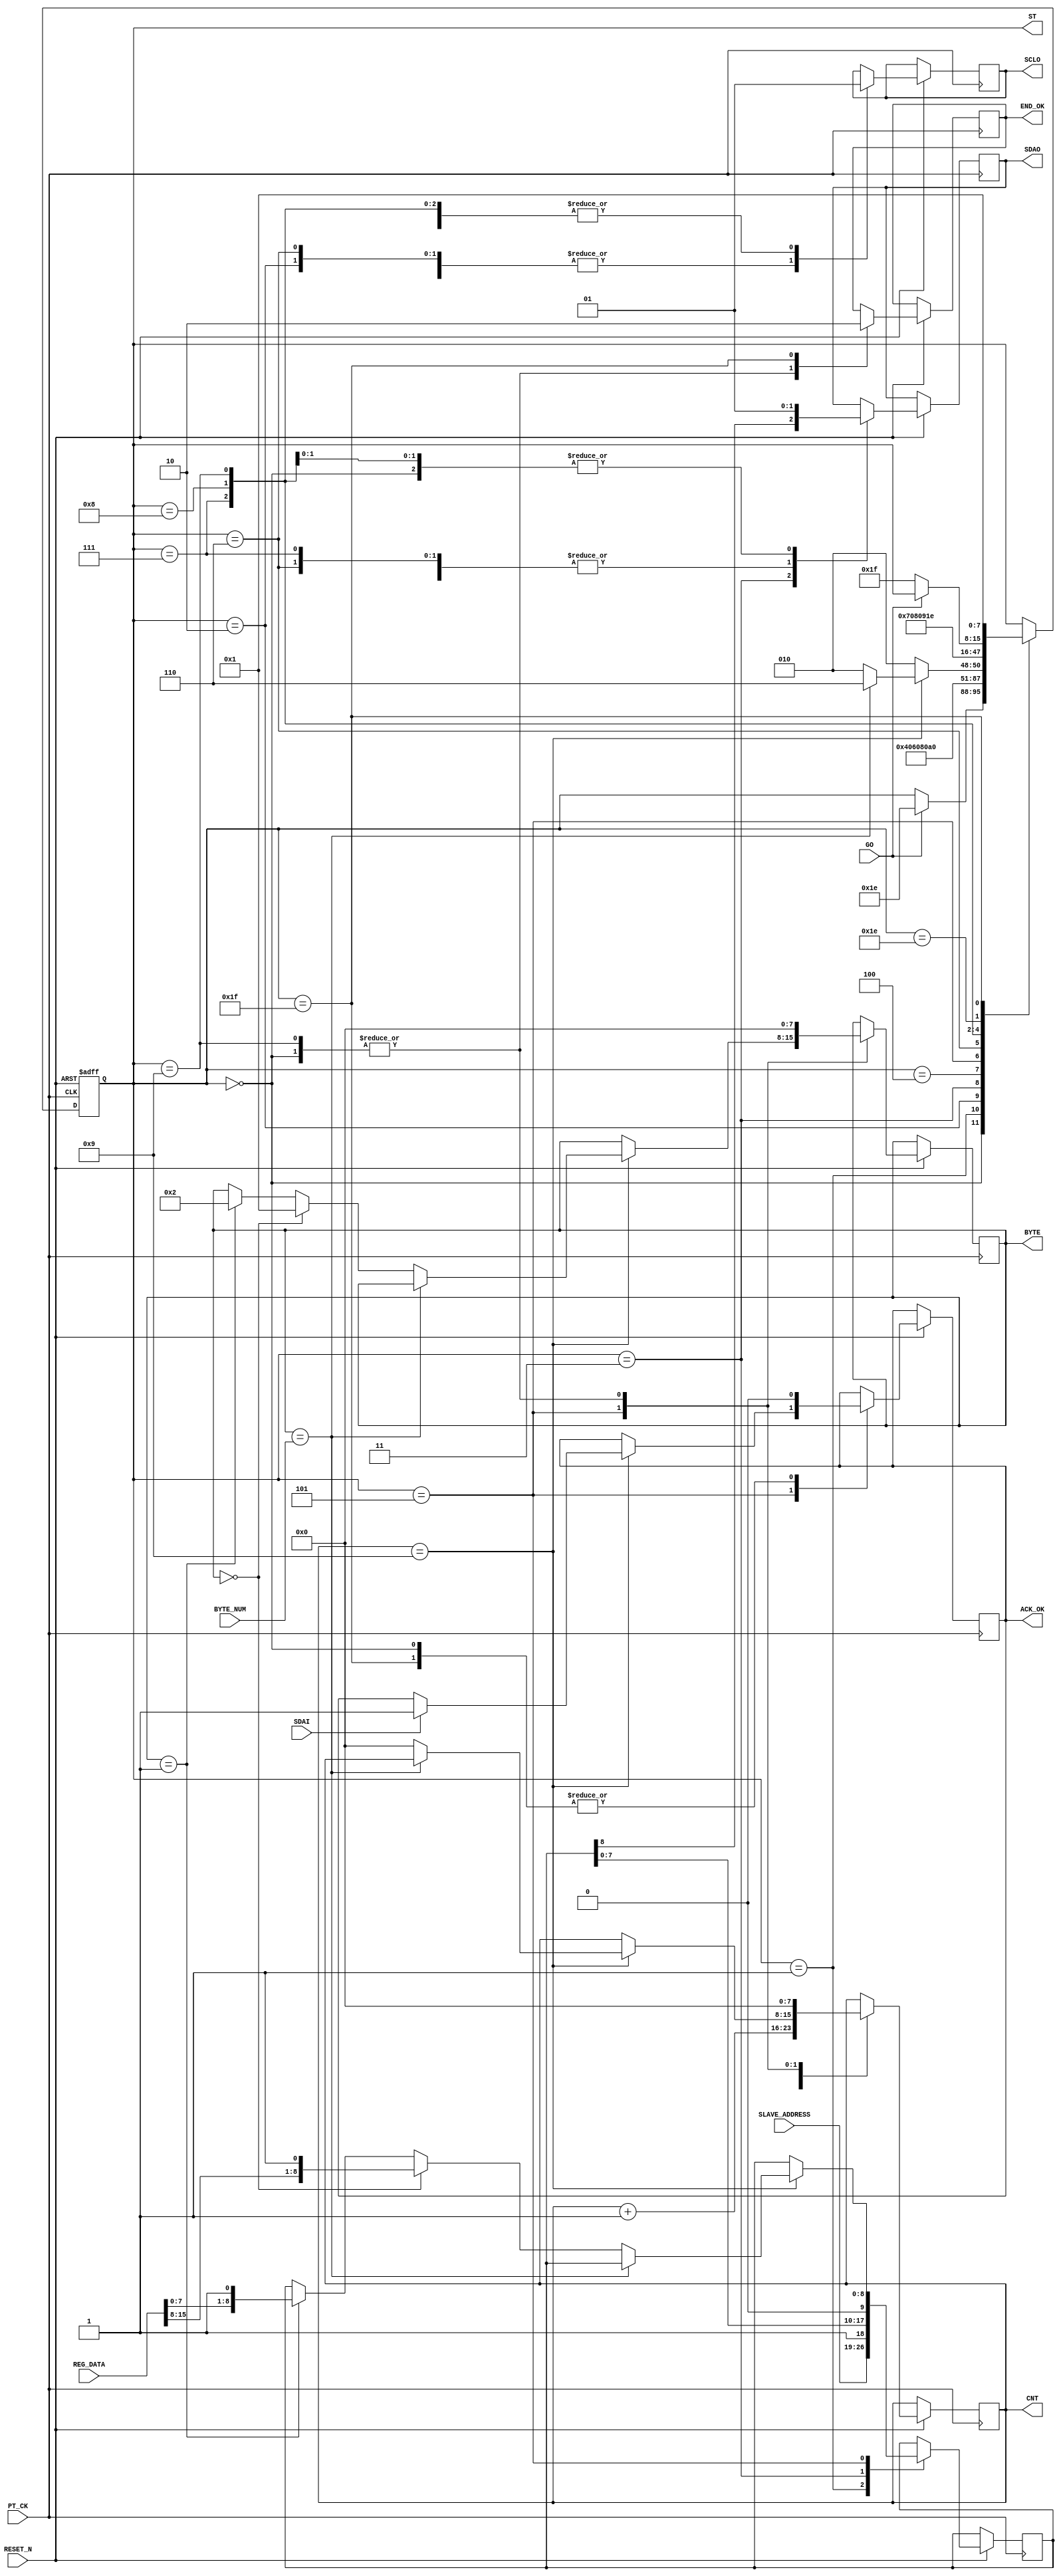
module I2C_WRITE_WDATA  (
   input  				RESET_N ,
	input      		  	PT_CK,
	input      		  	GO,
	input      [15:0] REG_DATA,
	input      [7:0] 	SLAVE_ADDRESS,	
	input            	SDAI,
	output reg       	SDAO,
	output reg       	SCLO,
	output reg       	END_OK,
	output reg [7:0] 	ST ,
	output reg [7:0] 	CNT,
	output reg [7:0] 	BYTE,
	output reg       	ACK_OK,
   input      [7:0]  BYTE_NUM  
);
reg   [8:0]A ;
reg   [7:0]DELY ;
always @( negedge RESET_N or posedge  PT_CK )begin
if (!RESET_N  ) ST <=0;
else 
	  case (ST)
	    0: begin  
		      SDAO   <=1; 
	         SCLO   <=1;
	         ACK_OK <=0;
	         CNT    <=0;
	         END_OK <=1;
	         BYTE   <=0;	
	         if (GO) ST  <=30 ; 
		    end	  
	    1: begin  
		      ST <=2 ; 
			   { SDAO,  SCLO } <= 2'b01; 
				A <= {SLAVE_ADDRESS ,1'b1 };
		    end
	    2: begin  
		      ST <=3 ; 
			   { SDAO,  SCLO } <= 2'b00; 
		    end
	    3: begin  
		      ST <=4 ; 
			   { SDAO, A } <= { A ,1'b0 }; 
		    end
	    4: begin  
		      ST <=5 ; 
			   SCLO <= 1'b1 ; 
				CNT <= CNT +1 ;
		    end
	    5: begin  
			   SCLO <= 1'b0 ; 
			   if (CNT==9) begin
				     if ( BYTE == BYTE_NUM )  ST <= 6 ; 
					  else  begin 
					           CNT <=0 ; 
					           ST <= 2 ;
					                if ( BYTE ==0 ) begin BYTE <=1  ; A <= {REG_DATA[15:8] ,1'b1 }; end 
					           else if ( BYTE ==1 ) begin BYTE <=2  ; A <= {REG_DATA[7:0] ,1'b1 }; end 
							  end
					  if (SDAI ) ACK_OK <=1 ; 
				 end
				 else ST <= 2;
		    end
	    6: begin          
		      ST <=7 ; 
			   { SDAO,  SCLO } <= 2'b00; 
         end
	    7: begin          
		      ST <=8 ; 
			   { SDAO,  SCLO } <= 2'b01; 
         end
	    8: begin          
		      ST <=9 ; 
			   { SDAO,  SCLO } <= 2'b11; 
         end 
		9:	begin
		      ST     <= 30; 
				SDAO   <=1; 
	         SCLO   <=1;
	         CNT    <=0;
	         END_OK <=1;
	         BYTE   <=0;
		     end
		   30: begin
            if (!GO) ST  <=31;
          end			
		   31: begin  
		      END_OK<=0;
				ACK_OK<=0;
				ST    <=1;	
			end	
	  endcase 
 end
endmodule